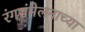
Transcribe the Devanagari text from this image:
रंगसंमेलनाच्या